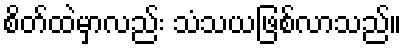
စိတ်ထဲမှာလည်း သံသယဖြစ်လာသည်။